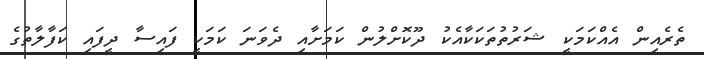
ތެރެއިން އެއްކަމަކީ ޝަރުތުތަކަކާއެކު ދޫކޮށްލުން ކަމަށާއި ދެވަނަ ކަމަކީ ފައިސާ ދީފައި ކަފާލާތުގެ